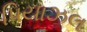
પિયાઝલ